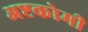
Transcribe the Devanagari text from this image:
अष्टकोमी